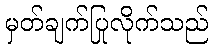
မှတ်ချက်ပြုလိုက်သည်